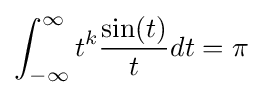
\int _{-\infty }^{\infty }t^{k}{\frac {\sin(t)}{t}}dt=\pi